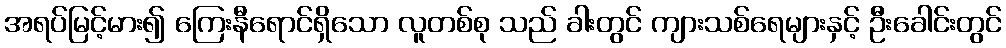
အရပ်မြင့်မား၍ ကြေးနီရောင်ရှိသော လူတစ်စု သည် ခါးတွင် ကျားသစ်ရေများနှင့် ဦးခေါင်းတွင်